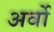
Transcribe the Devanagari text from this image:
अर्वो